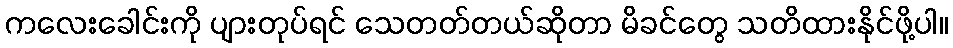
ကလေးခေါင်းကို ပျားတုပ်ရင် သေတတ်တယ်ဆိုတာ မိခင်တွေ သတိထားနိုင်ဖို့ပါ။